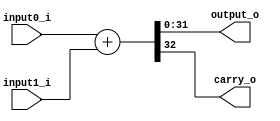
module adder(
	input [31:0] input0_i,
	input [31:0] input1_i,
	output [31:0] output_o,
	output [0:0] carry_o
);
	wire [32:0] addi;
	assign addi = input0_i+input1_i;
	assign output_o = addi[31:0];
	assign carry_o = addi[32];
endmodule